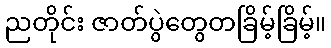
ညတိုင်း ဇာတ်ပွဲတွေတခြိမ့်ခြိမ့်။